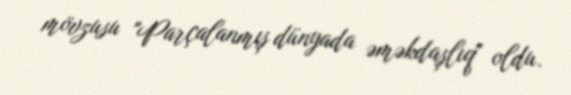
mövzusu "Parçalanmış dünyada əməkdaşlıq" oldu.